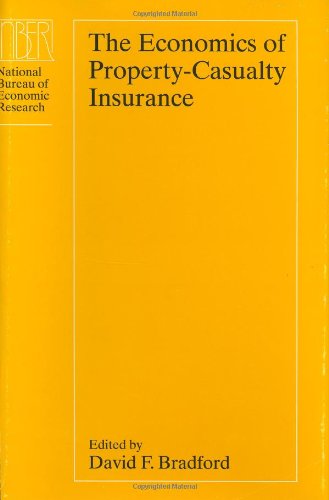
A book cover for The Economics of Property-Casualty Insurance (National Bureau of Economic Research Project Report); Business & Money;